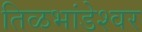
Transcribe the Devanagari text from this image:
तिळभांडेश्वर